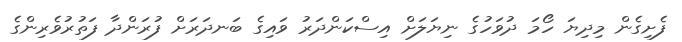
ފެށިގެން މިދިޔަ ހޯމަ ދުވަހުގެ ނިޔަލަށް އިސްކަންދަރު ވައިގެ ބަނދަރަށް ފުރަންދާ ފަތުރުވެރިންގެ